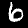
Label: 6